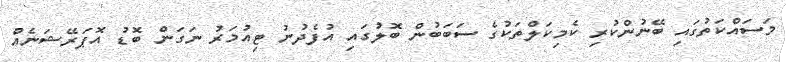
މަސައްކަތުގައި ބޭނުންކުރި ކެމިކަލްތަކުގެ ސަބަބުން ބޮލުގައި އުފެދުނު ޓިއުމަރު ނަގަން ބޮޑު އޮޕަރޭޝަނެއް